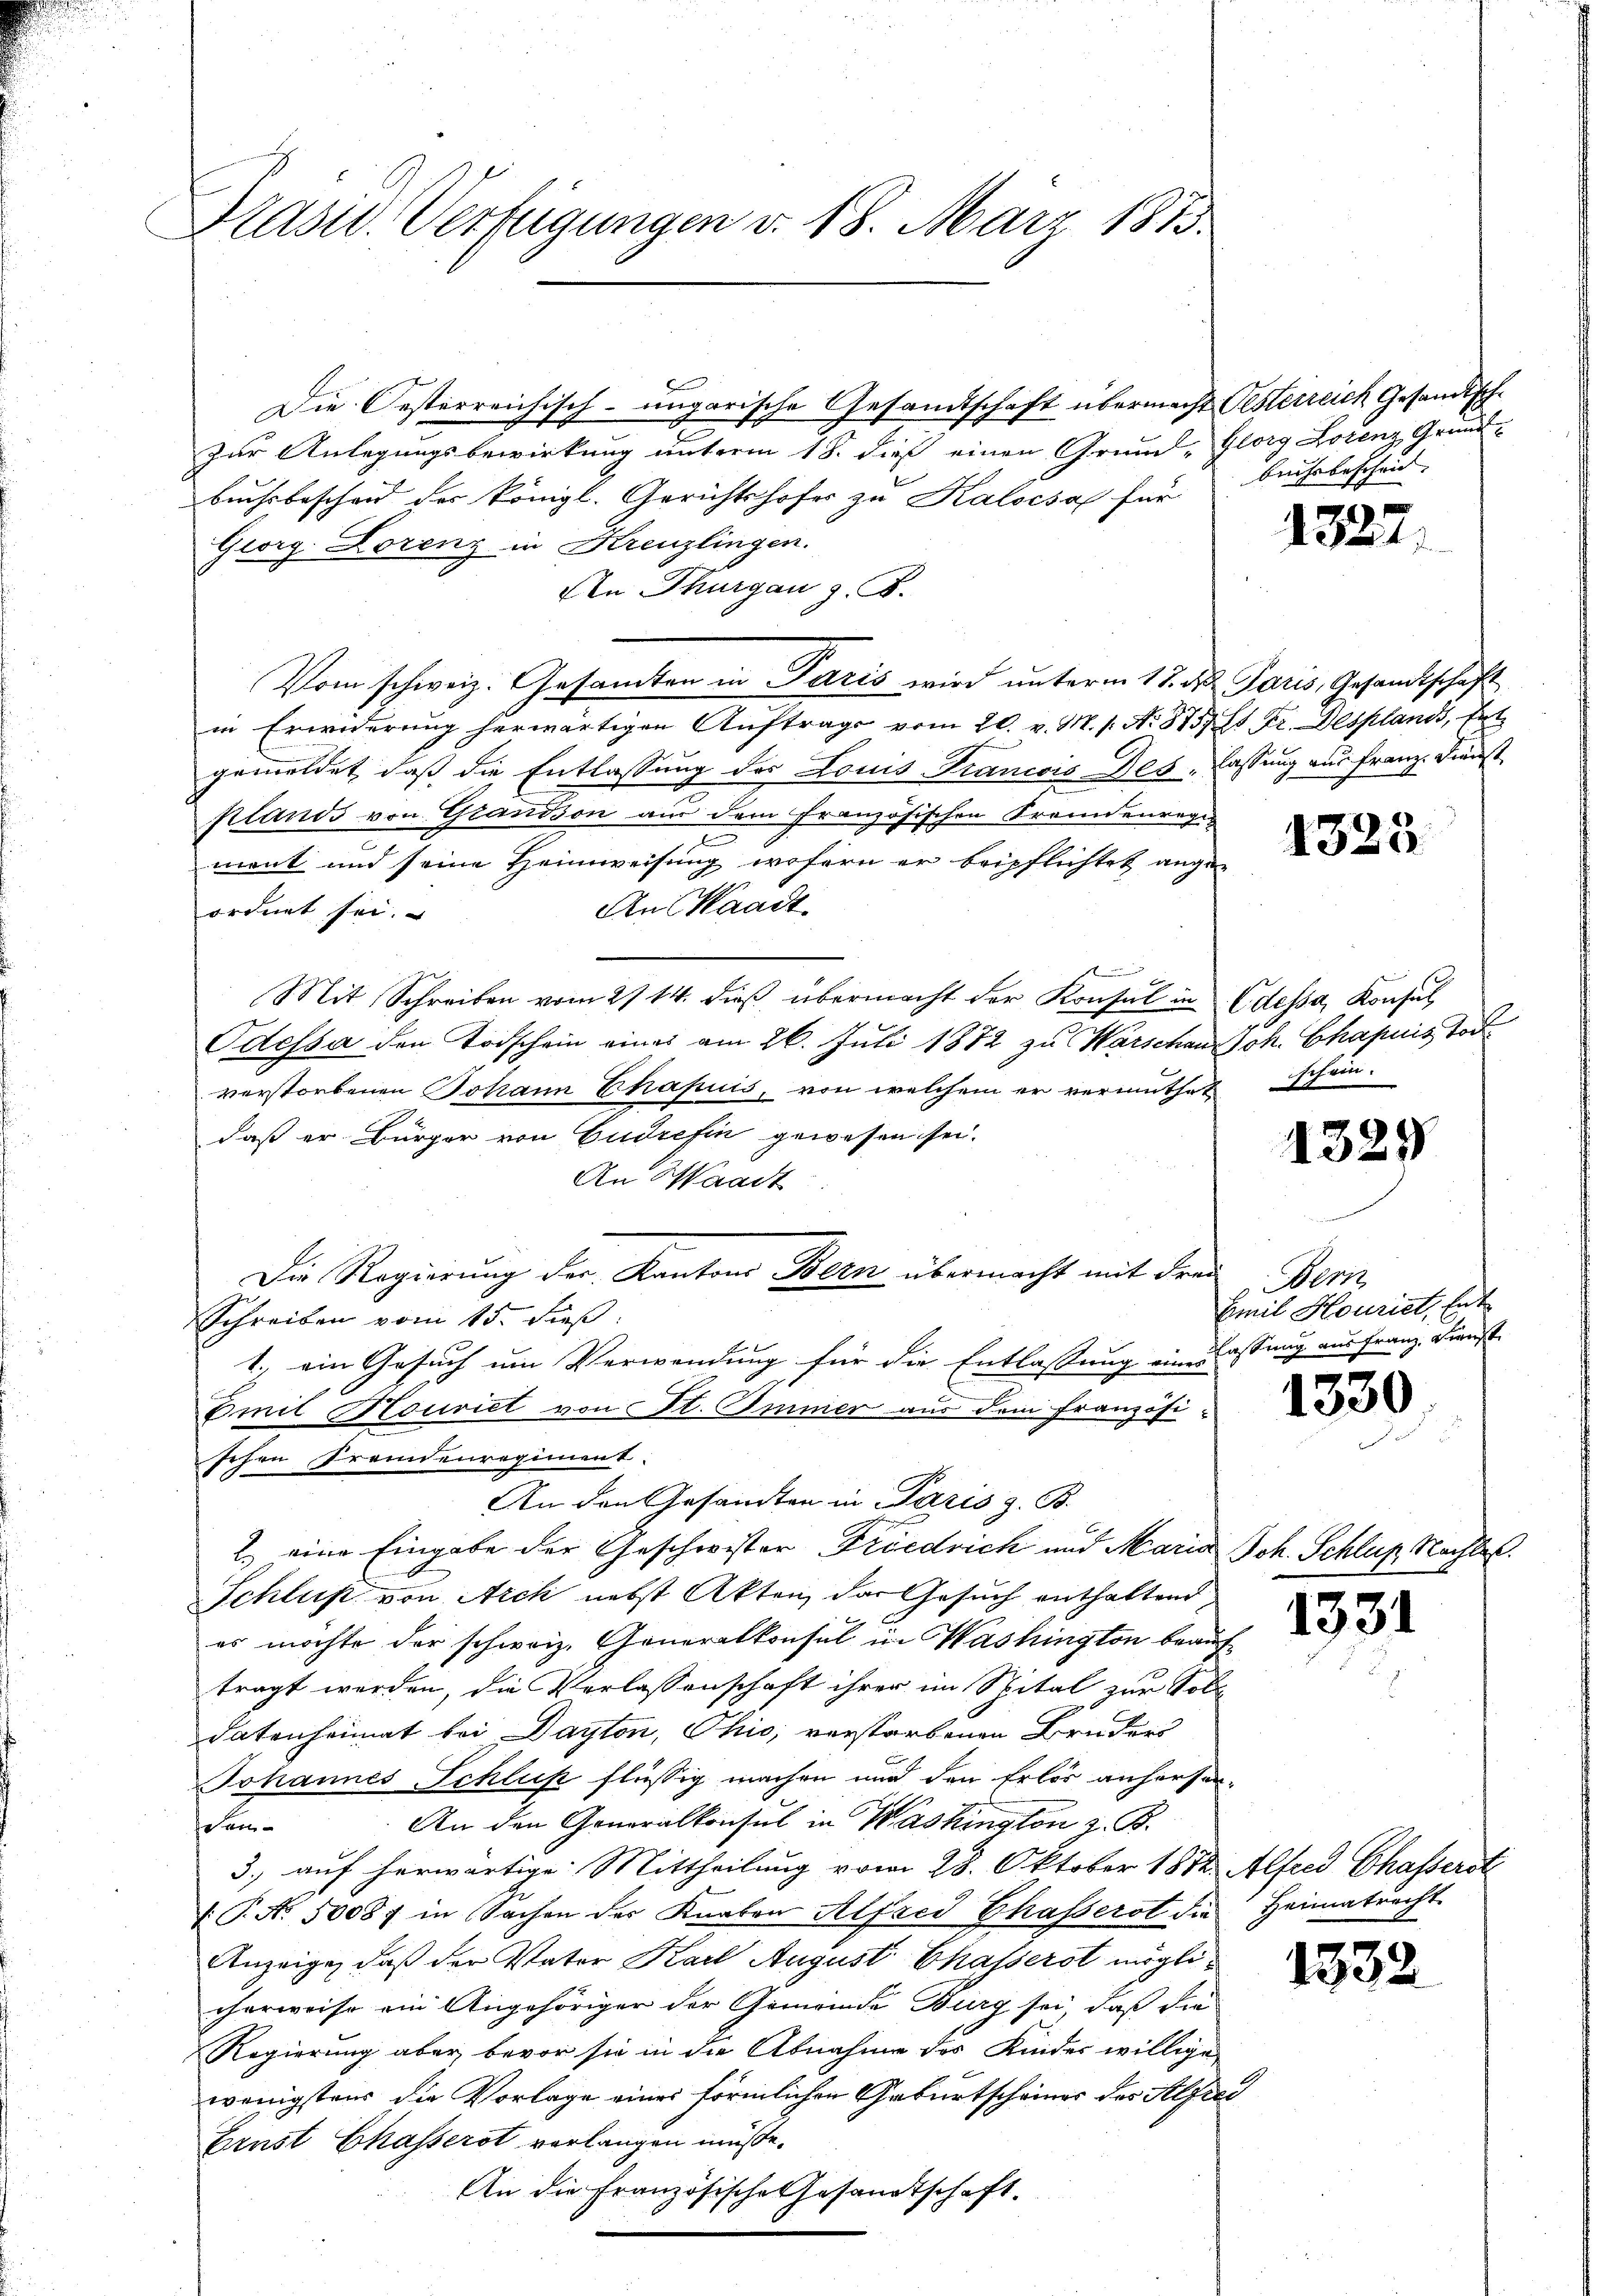
Grasw. Verfügungen d. 18. März 1873.

Die Oesterreichisch-ungarische Gesandtschaft übermacht Oesterreich Gesandtsche
Zur Anlegungsbewirkung unterm 18. dieß einen Grund- Glorg Lorenz Grund
Buchsbescheid der königl. Gerichtshofes zu Kalocsas für Bauhebeschaut
Georg. Lorenz in Kreuzlingen.
An Thurgau z. B.
Vom schweiz. Gesamten in Paris wird unterm 17. d. Paris, Gesandtschaft
in Erwiderung herwärtigen Aŭftrags vom 20. v. M. s. A. 875. Et Fr. Desplands, Ent
gemeldet, daß die Entlassung des Louis Francois Des, lassung aus Franz. Dienst
klands von Grandson aus dem französischen Fremdenregi
ment und seine Heimweisung wofern er beipflichtet ange¬
An Waadt
ordnet sei.
Mit Schreiben vom 2714. dieβ übermacht der Konsul in Adela, Konsul
e
Odessa den Todschein eines am 26. Juli 1872 zu Warschen Joh. Chapuis Tod
verstorbenen Johann Chapuis, von welchem er vermuthet schein.
daß er Bürger von Gudrefin gewesen sei.
An Waadt
Die Regierung der Kantons Bern übermacht mit Frei
Schreiben vom 15. dieß.
1.) ein Gesuch um Verwendung für die Entlassung eines lassung aus Franz. Dienst
Emil Houriet von St. Immer aus dem Französischen Fremdenregiment.
An den Gesandten in Paris z. B.
2.) eine Eingabe der Geschwister Friedrich und Maria Joh. Schluß Nachtet
Schluß von Arch nebst Akten, das Gesuch enthaltend
es möchte der schweiz. Generalkonsul in Washington beauftragt werden, die Verlassenschaft ihrer im Spital zur Soll
datenheimat bei Dayton, Ohio, verstorbenen Bruders
Johannes Schluß flüssig machen und den Erlös anhersen¬
An den Generalkonsul in Washington z. B.
Sem
3., auf herwärtige Mittheilung vom 28. Oktober 1872 Alfred Chasserst
T. No. 50087 in Sachen der Knaben Alfred Chasserst die Heimatrecht
Anzeige, daß der Vater Karl August Chasserst möglicherweise ein Angehöriger der Gemeinde Burg sei, daß die
Regierung aber bevor sie in die Abnahme des Kinder willige
wenigstens die Vorlage eines förmlichen Geburtscheiner des Alfred
Ernst Chasserst verlangen müßte.
An die Französische Gesandtschaft.

2327.

4323.

1329

Der
Emil Houriet, Ent

1330

1331

1832